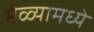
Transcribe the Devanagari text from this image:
मेळ्यामध्ये